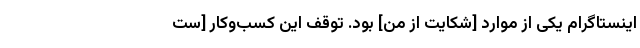
اینستاگرام یکی از موارد [شکایت از من] بود. توقف این کسب‌‌وکار [ست